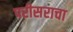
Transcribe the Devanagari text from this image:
परीसराचा